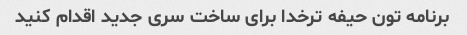
برنامه تون حیفه ترخدا برای ساخت سری جدید اقدام کنید